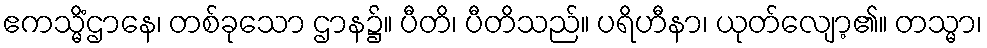
ဧကသ္မိံဌာနေ၊ တစ်ခုသော ဌာန၌။ ပီတိ၊ ပီတိသည်။ ပရိဟီနာ၊ ယုတ်လျော့၏။ တသ္မာ၊